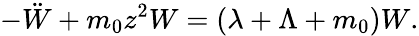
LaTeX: -\ddot{W}+m_{0}z^{2}W=(\lambda+\Lambda+m_{0})W.